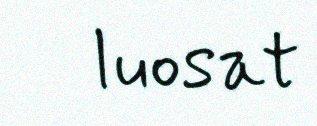
luosat